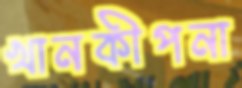
খানকীপনা